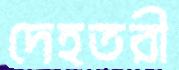
দেহতরী